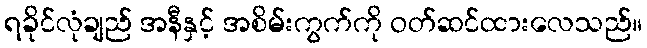
ရခိုင်လုံချည် အနီနှင့် အစိမ်းကွက်ကို ဝတ်ဆင်ထားလေသည်။